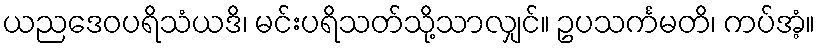
ယညဒေဝပရိသံယဒိ၊ မင်းပရိသတ်သို့သာလျှင်။ ဥပသင်္ကမတိ၊ ကပ်အံ့။